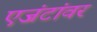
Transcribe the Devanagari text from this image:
एजंटांवर